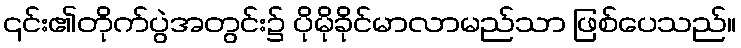
၎င်း၏တိုက်ပွဲအတွင်း၌ ပိုမိုခိုင်မာလာမည်သာ ဖြစ်ပေသည်။